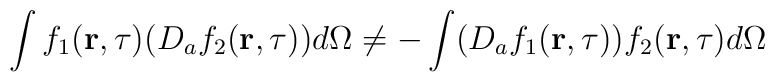
\int f_1({\bf r},\tau)(D_af_2({\bf r},\tau))d\Omega\neq-\int (D_af_1({\bf r},\tau))f_2({\bf r},\tau)d\Omega